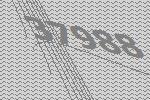
37988